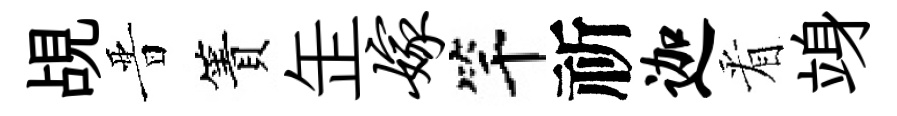
覘晋簀𦈢嫁竿祈迦㸔竧